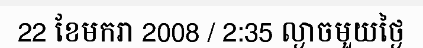
22 ខែមករា 2008 / 2:35 ល្ងាចមួយថ្ងៃ